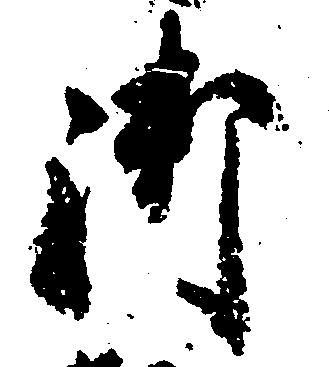
御